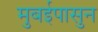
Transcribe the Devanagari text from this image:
मुबईपासुन